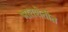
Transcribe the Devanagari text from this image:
भातशेतीत